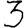
Digit: 3